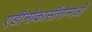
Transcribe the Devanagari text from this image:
एडीनोकार्सीनोमाओं